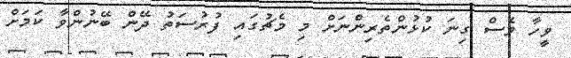
ވީހާ ވެސް ގިނަ ކުޅުންތެރިންނަށް މި މެޗުގައި ފުރުސަތު ދޭން ބޭނުންވާ ކަމަށް